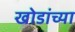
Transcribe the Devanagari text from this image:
खोडांच्या